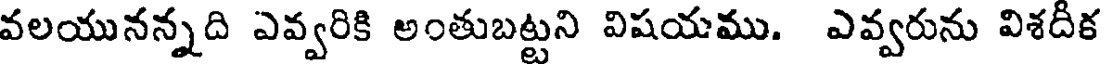
వలయునన్నది ఎవ్వరికి అంతుబట్టని విషయము. ఎవ్వరును విశదీక